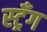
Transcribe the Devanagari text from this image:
स्ट्रँग